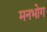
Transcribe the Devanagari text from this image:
मनभोग